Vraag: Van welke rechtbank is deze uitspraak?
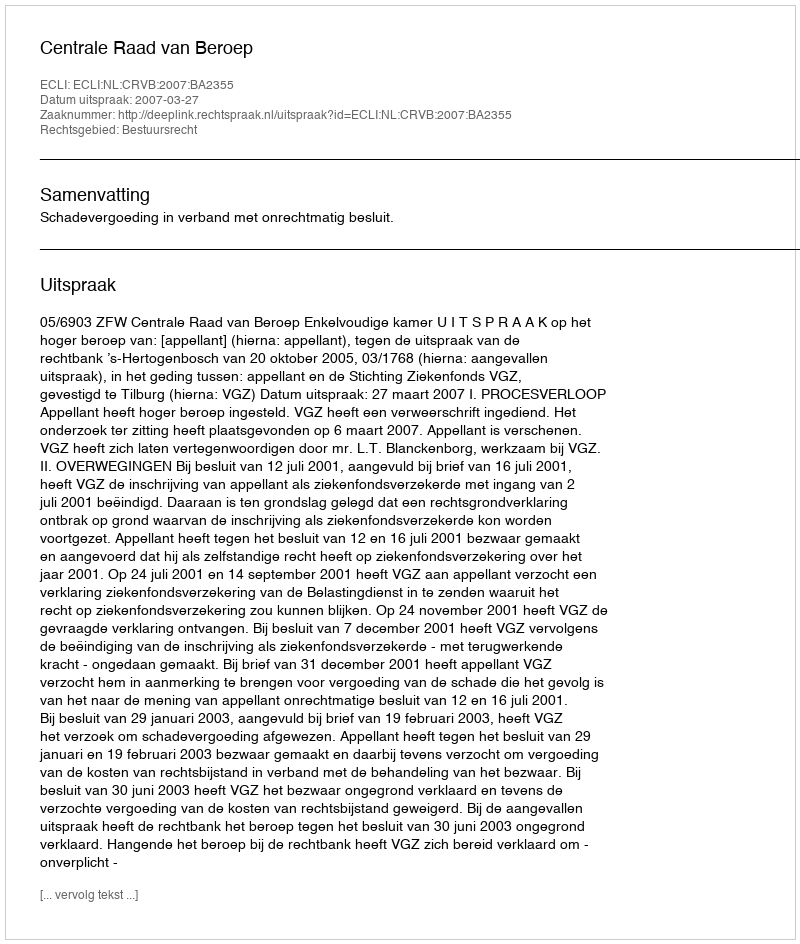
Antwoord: Centrale Raad van Beroep